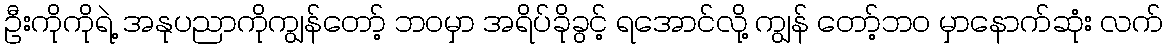
ဦးကိုကိုရဲ့ အနုပညာကိုကျွန်တော့် ဘဝမှာ အရိပ်ခိုခွင့် ရအောင်လို့ ကျွန် တော့်ဘဝ မှာနောက်ဆုံး လက်